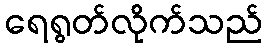
ရေရွတ်လိုက်သည်